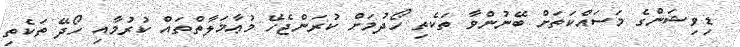
ޑިވިޝަންގެ މަސައްކަތަށް ބޭނުންވާ ތަކެތި ހޯދުމަށް ކުރަންޖެހޭ މުޢާމަލާތްތައް ކުރުމާއި ހޯދޭ ތަކެތި